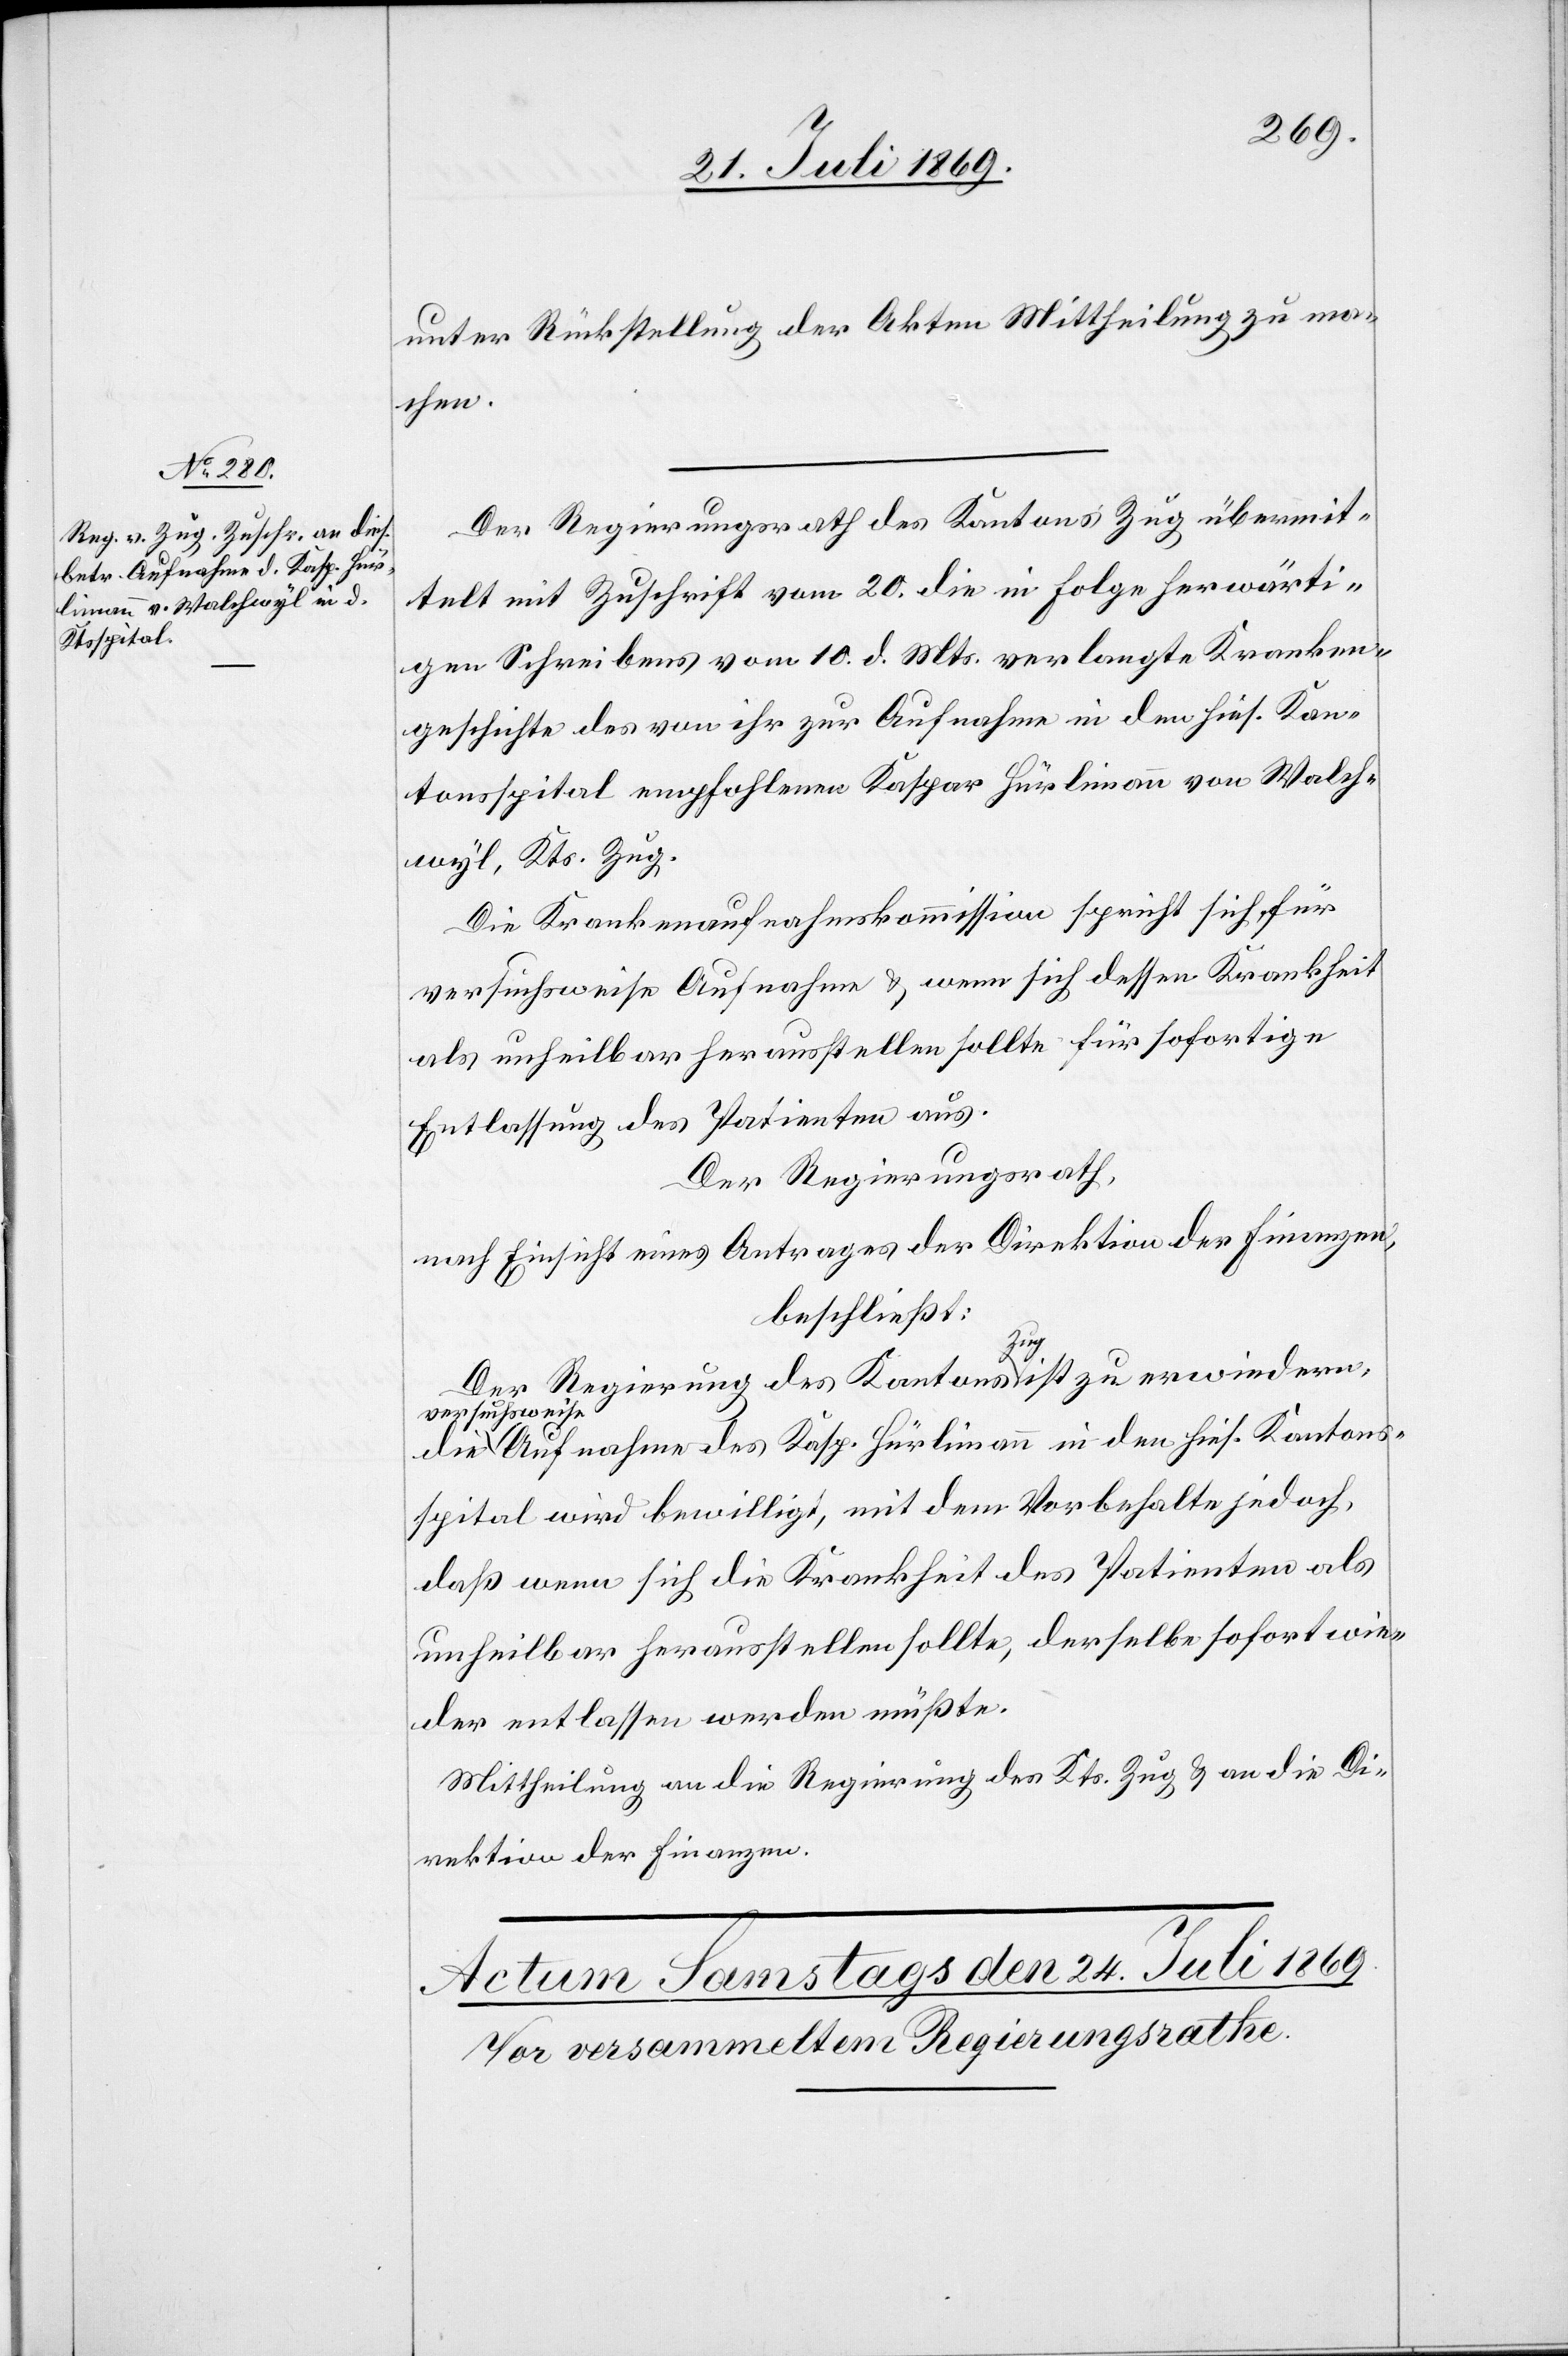
23. Juli 1869.]
unter Rückstellung der Akten Mittheilung zu ma¬
chen.
Der Regierungsrath des Kantons Zug übermit¬
telt mit Zuschrift vom 20. die[s] in Folge herwärti¬
gen Schreibens vom 10. d. Mts. verlangte Kranken¬
geschichte des von ihr zur Aufnahme in dem hies. Kan¬
tonsspital empfohlenen Kaspar Hürlimann von Walch¬
wyl, Kts. Zug.
Die Krankenaufnahmskommission spricht sich für
versuchsweise Aufnahme u. wenn sich dessen Krankheit
als unheilbar herausstellen sollte für sofortige
Entlassung des Patienten aus.
Der Regierungsrath,
nach Einsicht eines Antrages der Direktion der Finanzen,
beschließt:
Der Regierung des Kantons Zug ist zu erwiedern,
versuchsweis¬
e Aufnahme des Kasp. Hürlimann in den hies. Kantons¬
spital wird bewilligt, mit dem Vorbehalte jedoch,
daß wenn sich die Krankheit des Patienten als
unheilbar herausstellen sollte, derselbe sofort wie¬
der entlassen werden müßte.
Mittheilung an die Regierung des Kts. Zug u. an die Di¬
rektion der Finanzen.